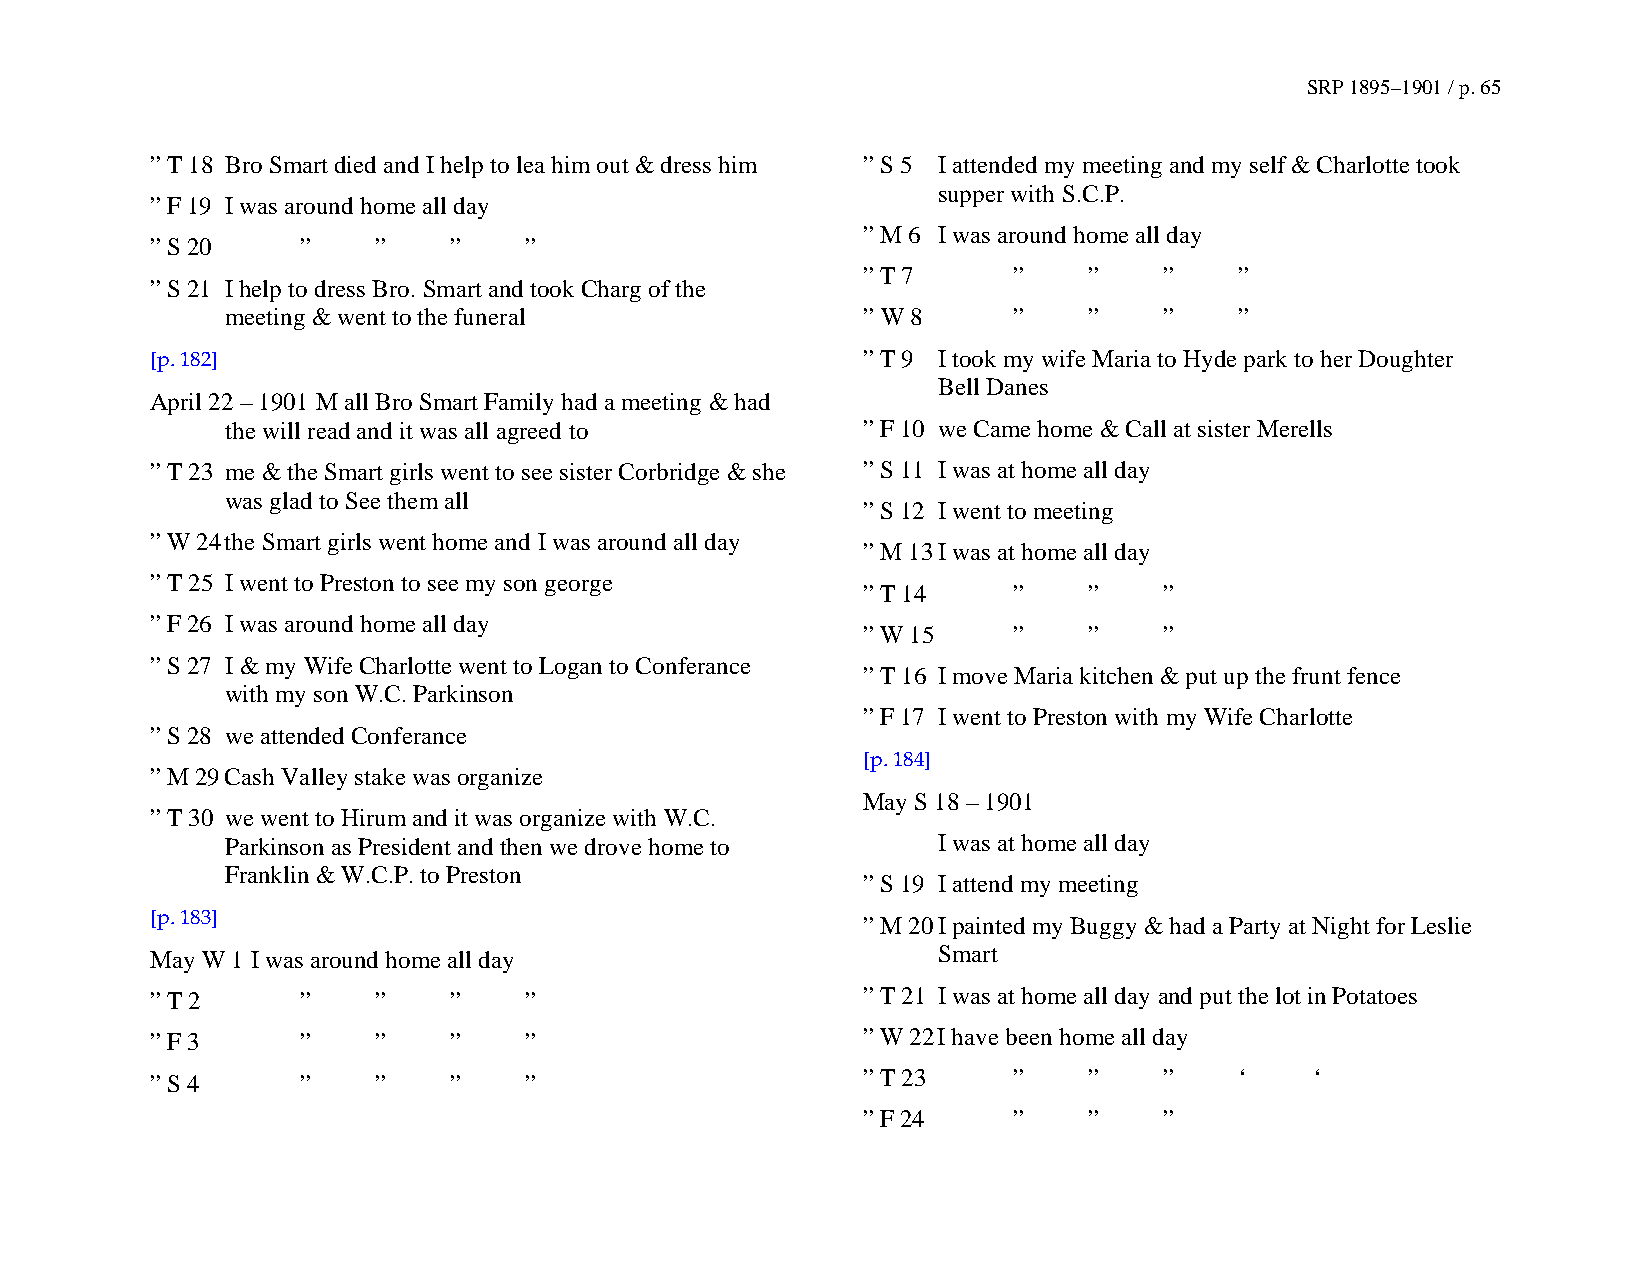
SRP 1895–1901 / p. 65
 ” T 18 Bro Smart died and I help to lea him out & dress him ” S 5 I attended my meeting and my self & Charlotte took
 supper with S.C.P.
 ” F 19 I was around home all day
 ” M 6 I was around home all day
 ” S 20    ”    ”    ”    ”
 ” T 7     ”    ”    ”    ”
 ” S 21 I help to dress Bro. Smart and took Charg of the
 meeting & went to the funeral             ” W 8     ”    ”    ”    ”
 [p. 182]                                       ” T 9 I took my wife Maria to Hyde park to her Doughter
 Bell Danes
 April 22 – 1901 M all Bro Smart Family had a meeting & had
 the will read and it was all agreed to    ” F 10 we Came home & Call at sister Merells
 ” T 23 me & the Smart girls went to see sister Corbridge & she ” S 11 I was at home all day
 was glad to See them all
 ” S 12 I went to meeting
 ” W 24 the Smart girls went home and I was around all day
 ” M 13 I was at home all day
 ” T 25 I went to Preston to see my son george
 ” T 14    ”    ”    ”
 ” F 26 I was around home all day
 ” W 15    ”    ”    ”
 ” S 27 I & my Wife Charlotte went to Logan to Conferance
 ” T 16 I move Maria kitchen & put up the frunt fence
 with my son W.C. Parkinson
 ” F 17 I went to Preston with my Wife Charlotte
 ” S 28 we attended Conferance
 [p. 184]
 ” M 29 Cash Valley stake was organize
 May S 18 – 1901
 ” T 30 we went to Hirum and it was organize with W.C.
 Parkinson as President and then we drove home to I was at home all day
 Franklin & W.C.P. to Preston
 ” S 19 I attend my meeting
 [p. 183]                                       ” M 20 I painted my Buggy & had a Party at Night for Leslie
 May W 1 I was around home all day                   Smart
 ” T 2     ”    ”    ”    ”                     ” T 21 I was at home all day and put the lot in Potatoes
 ” F 3     ”    ”    ”    ”                     ” W 22 I have been home all day
 ” S 4     ”    ”    ”    ”                     ” T 23    ”    ”    ”    ‘    ‘
 ” F 24    ”    ”    ”